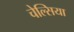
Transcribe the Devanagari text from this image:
चेल्‍सिया